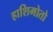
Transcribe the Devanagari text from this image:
हाशिमोतो